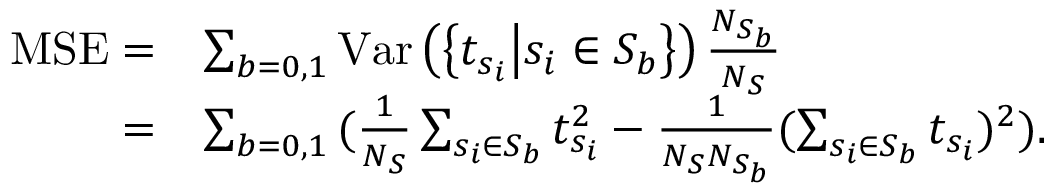
\begin{array} { r l } { \mathrm { M S E } = } & { \sum _ { b = 0 , 1 } { \mathrm { V a r } \left( \left\{ t _ { s _ { i } } \middle | s _ { i } \in S _ { b } \right\} \right) \frac { N _ { S _ { b } } } { N _ { S } } } } \\ { = } & { \sum _ { b = 0 , 1 } { ( \frac { 1 } { N _ { S } } \sum _ { s _ { i } \in S _ { b } } t _ { s _ { i } } ^ { 2 } - \frac { 1 } { N _ { S } N _ { S _ { b } } } ( \sum _ { s _ { i } \in S _ { b } } t _ { s _ { i } } ) ^ { 2 } ) } . } \end{array}